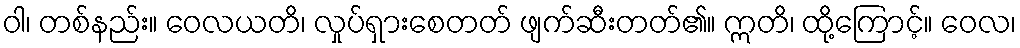
ဝါ၊ တစ်နည်း။ ဝေလယတိ၊ လှုပ်ရှားစေတတ် ဖျက်ဆီးတတ်၏။ ဣတိ၊ ထို့ကြောင့်။ ဝေလ၊